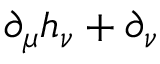
\partial _ { \mu } h _ { \nu } + \partial _ { \nu }